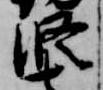
修